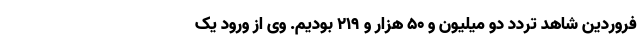
فروردین شاهد تردد دو میلیون و ۵۰ هزار و ۲۱۹ بودیم. وی از ورود یک